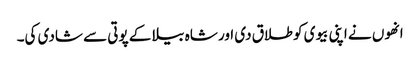
انھوں نے اپنی بیوی کو طلاق دی اور شاہ بیلا کے پوتی سے شادی کی۔